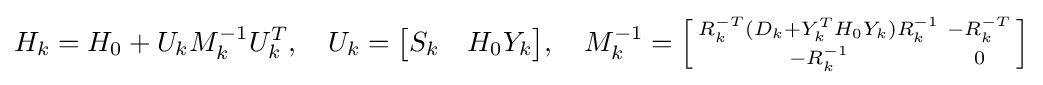
H_{k}=H_{0}+U_{k}M_{k}^{-1}U_{k}^{T},\quad U_{k}={\begin{bmatrix}S_{k}&H_{0}Y_{k}\end{bmatrix}},\quad M_{k}^{-1}=\left[{\begin{smallmatrix}R_{k}^{-T}(D_{k}+Y_{k}^{T}H_{0}Y_{k})R_{k}^{-1}&-R_{k}^{-T}\\-R_{k}^{-1}&0\end{smallmatrix}}\right]